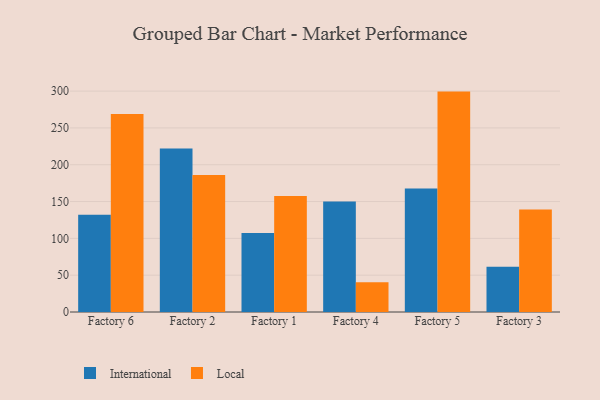
{"axis": {"x": "Factory", "y": "Shipments"}, "legend": ["International", "Local"], "data": [{"x": "Factory 6", "y": 132.0, "type": "International"}, {"x": "Factory 6", "y": 268.8, "type": "Local"}, {"x": "Factory 2", "y": 222.2, "type": "International"}, {"x": "Factory 2", "y": 186.2, "type": "Local"}, {"x": "Factory 1", "y": 107.4, "type": "International"}, {"x": "Factory 1", "y": 157.6, "type": "Local"}, {"x": "Factory 4", "y": 149.9, "type": "International"}, {"x": "Factory 4", "y": 40.3, "type": "Local"}, {"x": "Factory 5", "y": 167.6, "type": "International"}, {"x": "Factory 5", "y": 299.3, "type": "Local"}, {"x": "Factory 3", "y": 61.5, "type": "International"}, {"x": "Factory 3", "y": 139.1, "type": "Local"}]}